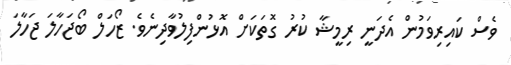
ވެސް ކައިރިވަމުން އެދަނީ ރިމީޝާ ކުރު ގޮތަކަށް އޮޅުންފިލުވާދިނެވެ. ޒޯހަލް ބޯޖަހާލަ ޖަހާލަ